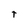
Character: t